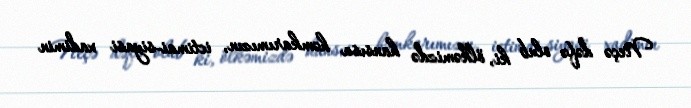
Neçə dəfə olub ki, ölkəmizdə hansısa həmkarımızın, ictimai-siyasi xadimin